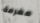
مغرمة